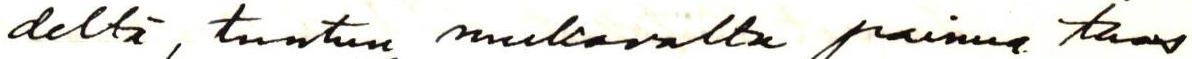
deltä, tuntuu mukavalta painua taas